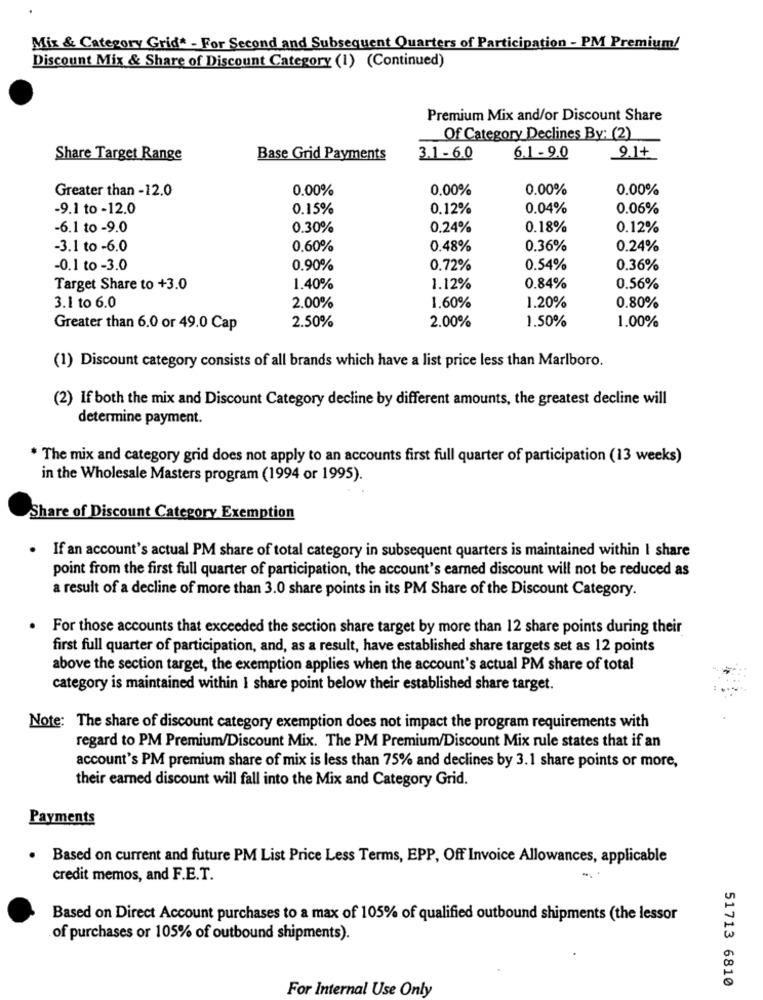
Mix & Category Grid* - For Second and Subsequent Quarters of Participation - PM Premium/
Discount Mix & Share of Discount Category (1) (Continued)
Premium Mix and/or Discount Share
Of Category Declines By: (2)
Share Target Range
Base Grid Payments
3.1-6.0
6.1-9.0
9.1+
Greater than -12.0
0.00%
0,00%
0.00%
0.00%
-9.1 to -12.0
0.15%
0.12%
0.04%
0.06%
-6.1 to -9.0
0.30%
0.24%
0.18%
0.12%
-3.1 to -6.0
0.60%
0.48%
0.36%
0.24%
-0.1 to-3.0
0.90%
0.72%
0.54%
0.36%
Target Share to +3.0
1.40%
1.12%
0.84%
0.56%
1.60%
3.1 to 6.0
2.00%
1.20%
0.80%
2.50%
2.00%
1,50%
1.00%
Greater than 6.0 or 49.0 Cap
(1) Discount category consists of all brands which have a list price less than Marlboro.
(2) If both the mix and Discount Category decline by different amounts, the greatest decline will
determine payment.
* The mix and category grid does not apply to an accounts first full quarter of participation (13 weeks)
in the Wholesale Masters program (1994 or 1995).
Share of Discount Category Exemption
.
If an account's actual PM share of total category in subsequent quarters is maintained within I share
point from the first full quarter of participation, the account's earned discount will not be reduced as
a result of a decline of more than 3.0 share points in its PM Share of the Discount Category.
For those accounts that exceeded the section share target by more than 12 share points during their
first full quarter of participation, and, as a result, have established share targets set as 12 points
above the section target, the exemption applies when the account's actual PM share of total
category is maintained within I share point below their established share target.
Note: The share of discount category exemption does not impact the program requirements with
regard to PM Premium/Discount Mix. The PM Premium/Discount Mix rule states that if an
account's PM premium share of mix is less than 75% and declines by 3.1 share points or more,
their earned discount will fall into the Mix and Category Grid.
Payments
. Based on current and future PM List Price Less Terms, EPP, Off Invoice Allowances, applicable
credit memos, and F.E.T.
Based on Direct Account purchases to a max of 105% of qualified outbound shipments (the lessor
of purchases or 105% of outbound shipments).
51713 6810
For Internal Use Only